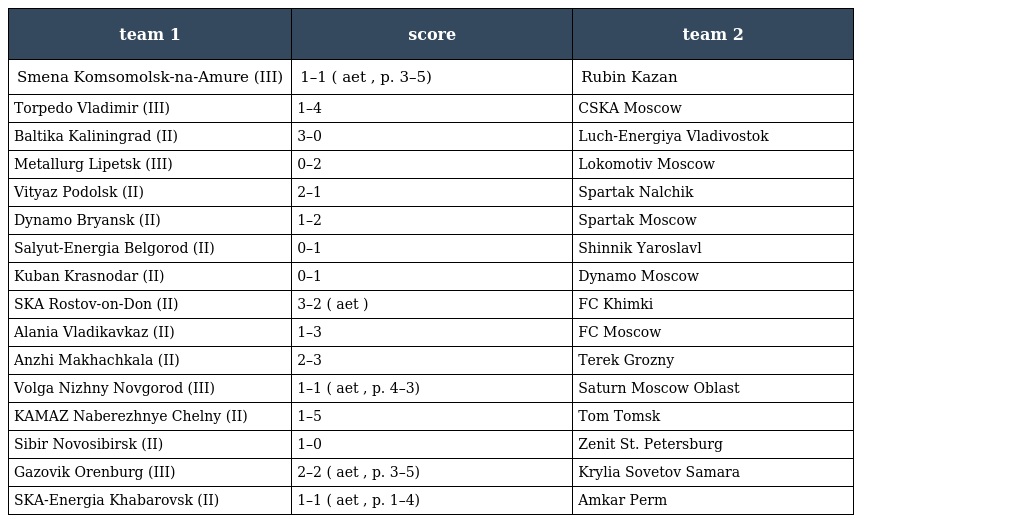
| team 1 | score | team 2 |
 | --- | --- | --- |
 | Smena Komsomolsk-na-Amure (III) | 1–1 ( aet , p. 3–5) | Rubin Kazan |
 | Torpedo Vladimir (III) | 1–4 | CSKA Moscow |
 | Baltika Kaliningrad (II) | 3–0 | Luch-Energiya Vladivostok |
 | Metallurg Lipetsk (III) | 0–2 | Lokomotiv Moscow |
 | Vityaz Podolsk (II) | 2–1 | Spartak Nalchik |
 | Dynamo Bryansk (II) | 1–2 | Spartak Moscow |
 | Salyut-Energia Belgorod (II) | 0–1 | Shinnik Yaroslavl |
 | Kuban Krasnodar (II) | 0–1 | Dynamo Moscow |
 | SKA Rostov-on-Don (II) | 3–2 ( aet ) | FC Khimki |
 | Alania Vladikavkaz (II) | 1–3 | FC Moscow |
 | Anzhi Makhachkala (II) | 2–3 | Terek Grozny |
 | Volga Nizhny Novgorod (III) | 1–1 ( aet , p. 4–3) | Saturn Moscow Oblast |
 | KAMAZ Naberezhnye Chelny (II) | 1–5 | Tom Tomsk |
 | Sibir Novosibirsk (II) | 1–0 | Zenit St. Petersburg |
 | Gazovik Orenburg (III) | 2–2 ( aet , p. 3–5) | Krylia Sovetov Samara |
 | SKA-Energia Khabarovsk (II) | 1–1 ( aet , p. 1–4) | Amkar Perm |